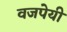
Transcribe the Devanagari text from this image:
वजपेयी